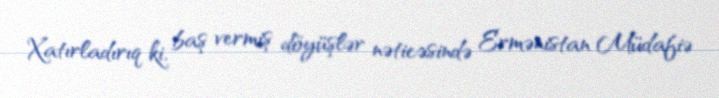
Xatırladırıq ki, baş vermiş döyüşlər nəticəsində Ermənistan Müdafiə